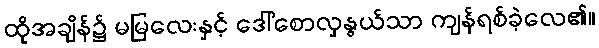
ထိုအချိန်၌ မမြလေးနှင့် ဒေါ်စောလှနွယ်သာ ကျန်ရစ်ခဲ့လေ၏။